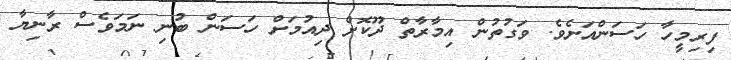
ފިރިމީހާ ހަސަންއަށެވެ. ވަގުތުން އިމާރާތް ދޫކޮށް ދިއުމަށް ހަސަން ބުނި ނަމަވެސް ރާނިޔާ